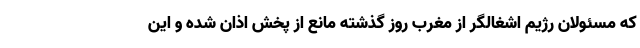
که مسئولان رژیم اشغالگر از مغرب روز گذشته مانع از پخش اذان شده و این